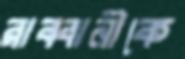
রাব্বানীকে